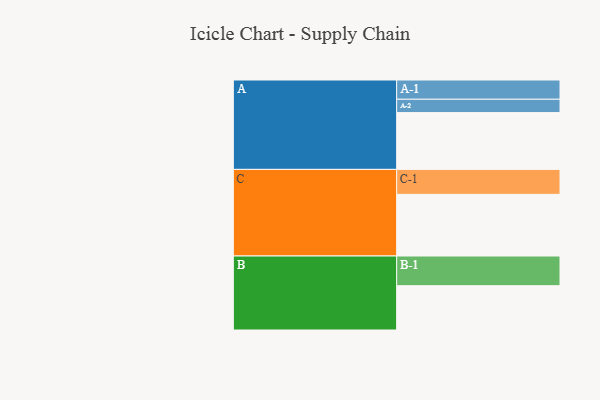
{"axis": {"x": "Segment", "y": "Value"}, "legend": ["", "A", "B", "C"], "data": [{"x": "A", "y": 549, "type": ""}, {"x": "B", "y": 428, "type": ""}, {"x": "C", "y": 596, "type": ""}, {"x": "A-1", "y": 186, "type": "A"}, {"x": "A-2", "y": 129, "type": "A"}, {"x": "B-1", "y": 287, "type": "B"}, {"x": "C-1", "y": 241, "type": "C"}]}